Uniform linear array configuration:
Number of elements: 64
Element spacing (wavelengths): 1
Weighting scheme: kaiser
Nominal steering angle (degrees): -30
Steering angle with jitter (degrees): -28.795
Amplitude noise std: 0.05
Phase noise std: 0.05

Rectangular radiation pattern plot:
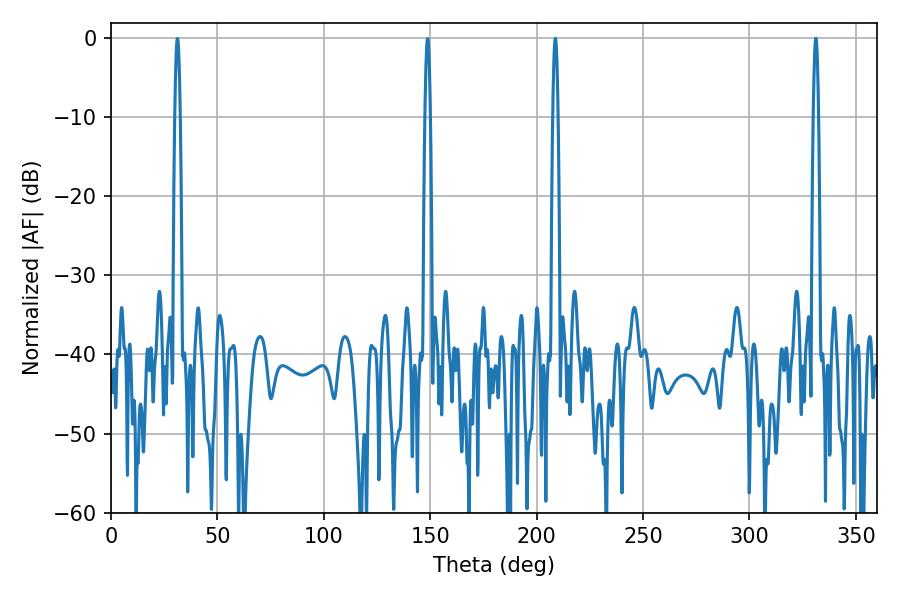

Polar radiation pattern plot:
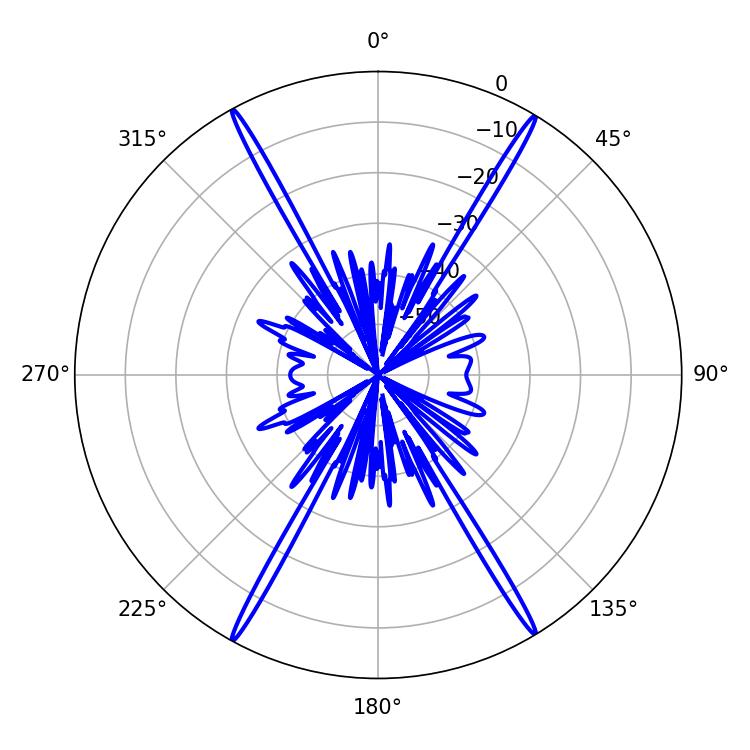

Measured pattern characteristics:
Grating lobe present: TRUE
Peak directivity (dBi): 28.808
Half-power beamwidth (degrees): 1.44
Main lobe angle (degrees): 331.2